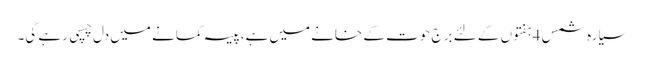
سیارہ شمس 4ہفتوں کے لئے برج حوت کے خانے میں ہے،پیسہ کمانے میں دل چسپی رہے گی۔